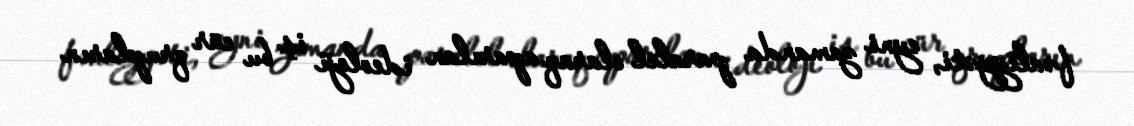
fəaliyyəti, eyni zamanda paralel olaraq aparılan ideoloji iş bu cür qrupların